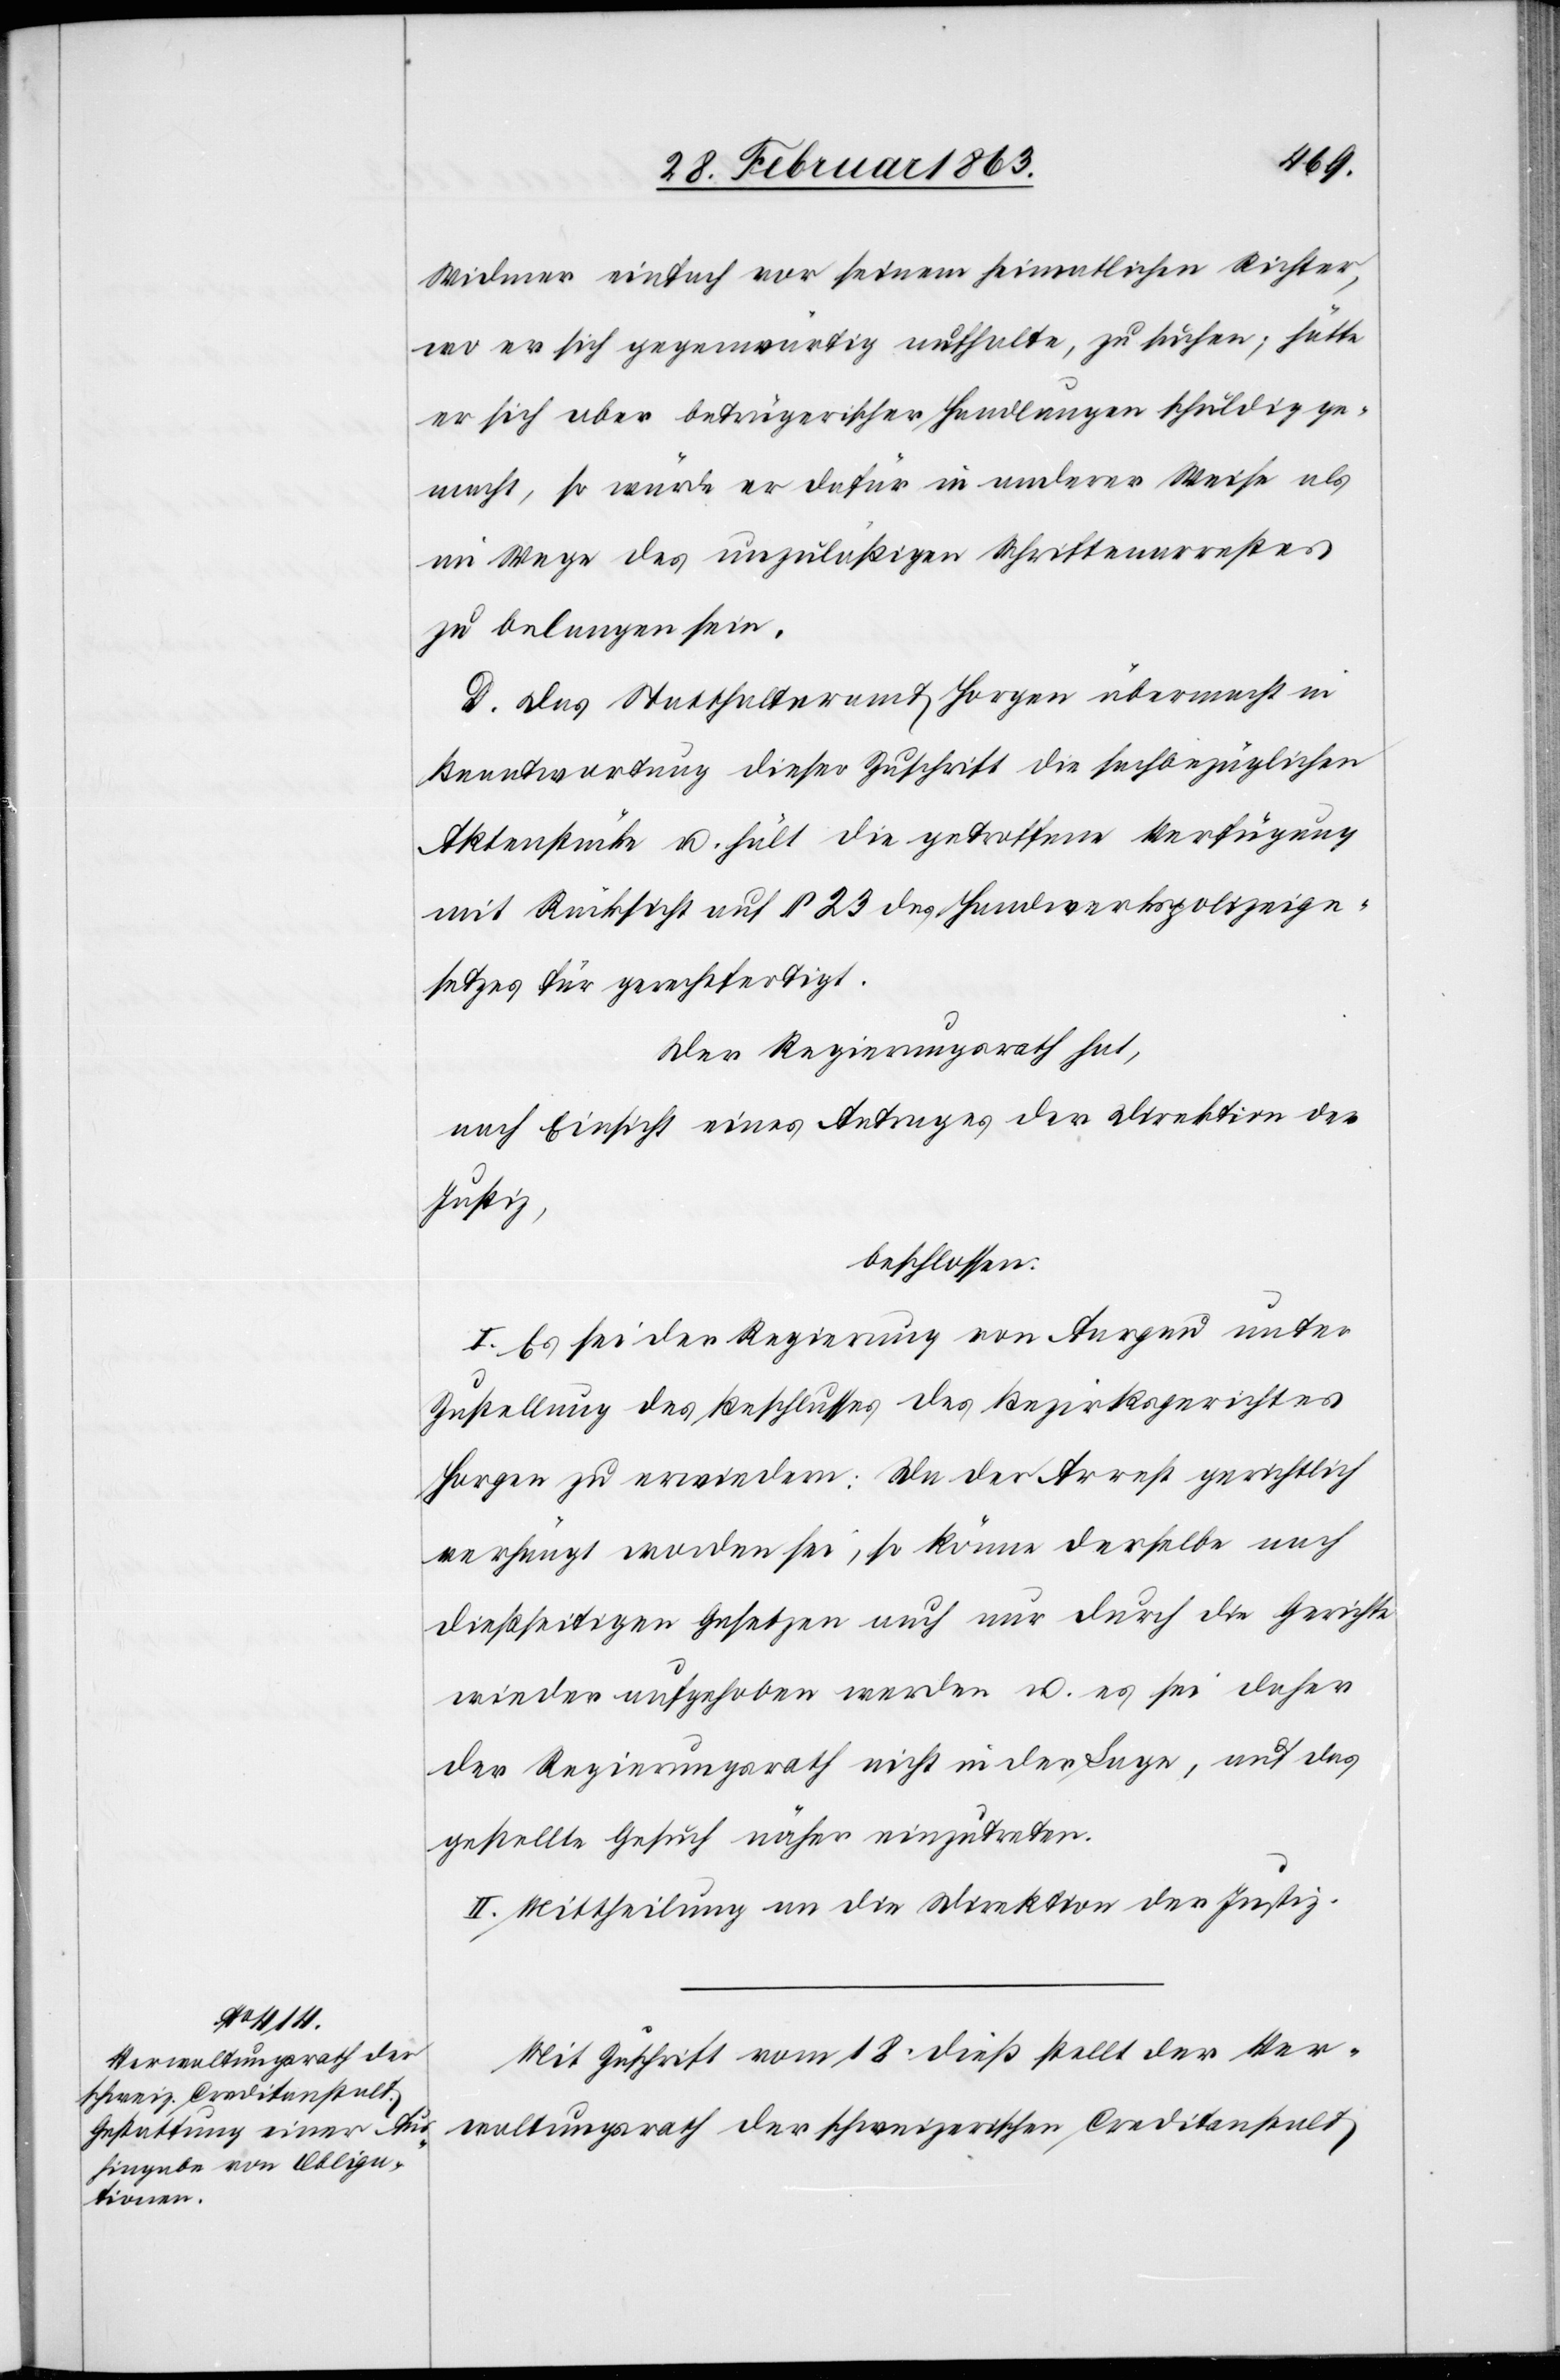
Widmer einfach vor seinem heimatlichen Richter,
wo er sich gegenwärtig aufhalte, zu suchen; hätte
er sich aber betrügerischer Handlungen schuldig ge¬
macht, so würde er dafür in anderer Weise als
im Wege des unzuläßigen Schriftenarrestes
zu belangen sein.
D. Das Statthalteramt Horgen übermacht in
Beantwortung dieser Zuschrift die sachbezüglichen
Aktenstücke u. hält die getroffene Verfügung
mit Rücksicht auf § 23 des Handwerkspolizeige¬
setzes für gerechtfertigt.
Der Regierungsrath hat,
nach Einsicht eines Antrages der Direktion der
Justiz,
beschlossen:
I. Es sei der Regierung von Aargau unter
Zustellung des Beschlusses des Bezirksgerichtes
Horgen zu erwiedern: Da der Arrest gerichtlich
verhängt worden sei, so könne derselbe nach
dießseitigen Gesetzes auch nur durch die Gerichte
wiederaufgehoben werden u. es sei daher
der Regierungsrath nicht in der Lage, auf das
gestellte Gesuch näher einzutreten.
II. Mittheilung an die Direktion der Justiz.
Mit Zuschrift vom 18. dieß stellt der Ver¬
waltungsrath der schweizerischen Creditanstalt